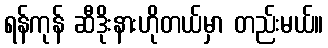
ရန်ကုန် ဆီဒိုးနားဟိုတယ်မှာ တည်းမယ်။